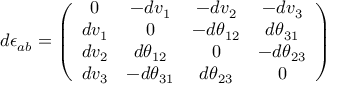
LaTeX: d \epsilon _ { a b } = \left( \begin{array} { c c c c } { { 0 } } & { { - d v _ { 1 } } } & { { - d v _ { 2 } } } & { { - d v _ { 3 } } } \\ { { d v _ { 1 } } } & { { 0 } } & { { - d \theta _ { 1 2 } } } & { { d \theta _ { 3 1 } } } \\ { { d v _ { 2 } } } & { { d \theta _ { 1 2 } } } & { { 0 } } & { { - d \theta _ { 2 3 } } } \\ { { d v _ { 3 } } } & { { - d \theta _ { 3 1 } } } & { { d \theta _ { 2 3 } } } & { { 0 } } \end{array} \right)